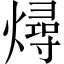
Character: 燖